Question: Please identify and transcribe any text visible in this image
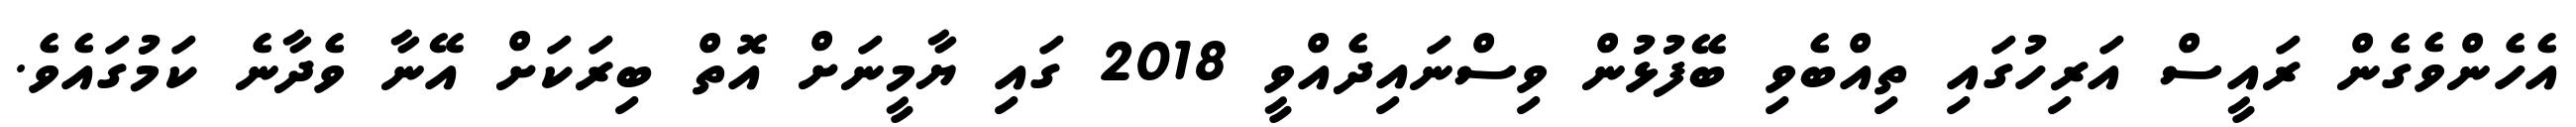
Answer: އެހެންވެގެން ރައީސް އަރިހުގައި ތިއްބެވި ބޭފުޅުން ވިސްނައިދެއްވީ 2018 ގައި ޔާމީނަށް އޮތް ބިރަކަށް އޭނާ ވެދާނެ ކަމުގައެވެ.